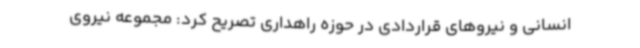
انسانی و نیروهای قراردادی در حوزه راهداری تصریح کرد: مجموعه نیروی